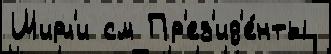
Ширл'и см Пр'ез'ид'е́нты